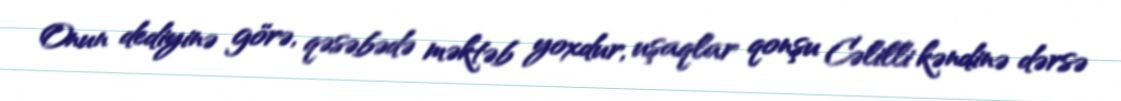
Onun dediyinə görə, qəsəbədə məktəb yoxdur, uşaqlar qonşu Cəlilli kəndinə dərsə